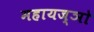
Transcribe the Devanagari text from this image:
महायज्ञो